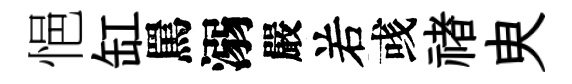
悒缸罵溺嚴𠰥彧禇㬰